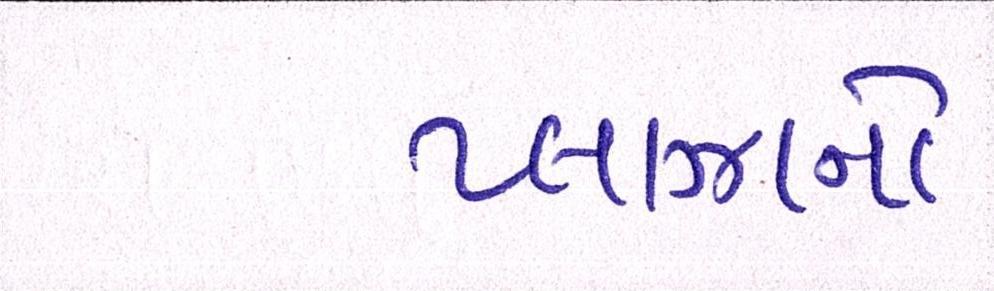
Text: પ્લાઝાનો